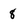
Character: 8